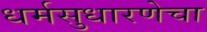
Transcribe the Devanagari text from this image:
धर्मसुधारणेचा